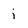
Character: i